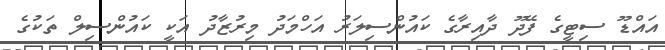
އައްޑޫ ސިޓީގެ ފޭދޫ ދާއިރާގެ ކައުންސިލަރު އަހްމަދު މިރުޒާދު އަކީ ކައުންސިލް ތަކުގެ